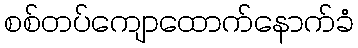
စစ်တပ်ကျောထောက်နောက်ခံ